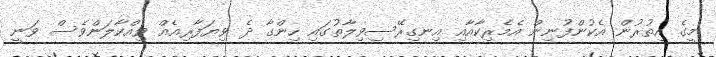
މީގެ އިތުރުން އެކުންފުނިން އެމެރިކާއާއި އިނގިރޭސިވިލާތުގައި ހިންގާ ދެ ވިޔަފާރިއެއް ވިއްކާލަންވެސް ވަނީ